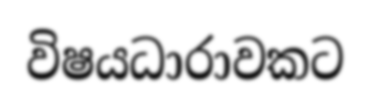
විෂයධාරාවකට